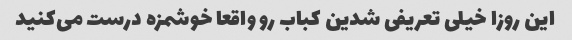
این روزا خیلی تعریفی شدین کباب رو واقعا خوشمزه درست می‌کنید